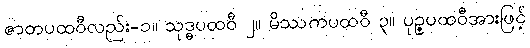
ဇာတပထဝီလည်း-၁။ သုဒ္ဓပထဝီ ၂။ မိဿကပထဝီ ၃။ ပုဉ္ဇပထဝီအားဖြင့်